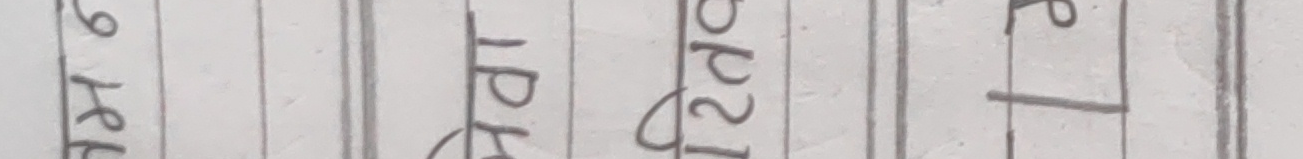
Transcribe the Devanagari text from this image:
७५ आदा भिड्मा